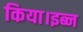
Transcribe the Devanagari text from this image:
किया।इब्न